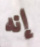
إنه